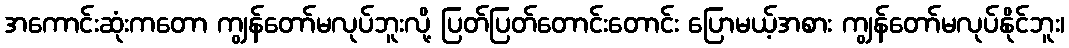
အကောင်းဆုံးကတော ကျွန်တော်မလုပ်ဘူးလို့ ပြတ်ပြတ်တောင်းတောင်း ပြောမယ့်အစား ကျွန်တော်မလုပ်နိုင်ဘူး၊